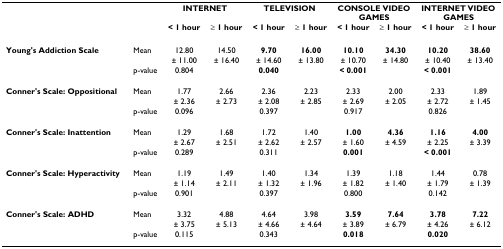
<table><thead><tr><td></td><td></td><td colspan="2"><b>INTERNET</b></td><td colspan="2"><b>TELEVISION</b></td><td colspan="2"><b>CONSOLE VIDEO GAMES</b></td><td colspan="2"><b>INTERNET VIDEO GAMES</b></td></tr><tr><td></td><td></td><td><b>&lt; 1 hour</b></td><td><b>≥ 1 hour</b></td><td><b>&lt; 1 hour</b></td><td><b>≥ 1 hour</b></td><td><b>&lt; 1 hour</b></td><td><b>≥ 1 hour</b></td><td><b>&lt; 1 hour</b></td><td><b>≥ 1 hour</b></td></tr></thead><tbody><tr><td><b>Young&#x27;s Addiction Scale</b></td><td>Mean</td><td>12.80</td><td>14.50</td><td><b>9.70</b></td><td><b>16.00</b></td><td><b>10.10</b></td><td><b>34.30</b></td><td><b>10.20</b></td><td><b>38.60</b></td></tr><tr><td></td><td></td><td>± 11.00</td><td>± 16.40</td><td>± 14.60</td><td>± 13.80</td><td>± 10.70</td><td>± 14.80</td><td>± 10.40</td><td>± 13.40</td></tr><tr><td></td><td>p-value</td><td>0.804</td><td></td><td><b>0.040</b></td><td></td><td><b>&lt; 0.001</b></td><td></td><td><b>&lt; 0.001</b></td><td></td></tr><tr><td><b>Conner&#x27;s Scale: Oppositional</b></td><td>Mean</td><td>1.77</td><td>2.66</td><td>2.36</td><td>2.23</td><td>2.33</td><td>2.00</td><td>2.33</td><td>1.89</td></tr><tr><td></td><td></td><td>± 2.36</td><td>± 2.73</td><td>± 2.08</td><td>± 2.85</td><td>± 2.69</td><td>± 2.05</td><td>± 2.72</td><td>± 1.45</td></tr><tr><td></td><td>p-value</td><td>0.096</td><td></td><td>0.397</td><td></td><td>0.917</td><td></td><td>0.826</td><td></td></tr><tr><td><b>Conner&#x27;s Scale: Inattention</b></td><td>Mean</td><td>1.29</td><td>1.68</td><td>1.72</td><td>1.40</td><td><b>1.00</b></td><td><b>4.36</b></td><td><b>1.16</b></td><td><b>4.00</b></td></tr><tr><td></td><td></td><td>± 2.67</td><td>± 2.51</td><td>± 2.62</td><td>± 2.57</td><td>± 1.60</td><td>± 4.59</td><td>± 2.25</td><td>± 3.39</td></tr><tr><td></td><td>p-value</td><td>0.289</td><td></td><td>0.311</td><td></td><td><b>0.001</b></td><td></td><td><b>&lt; 0.001</b></td><td></td></tr><tr><td><b>Conner&#x27;s Scale: Hyperactivity</b></td><td>Mean</td><td>1.19</td><td>1.49</td><td>1.40</td><td>1.34</td><td>1.39</td><td>1.18</td><td>1.44</td><td>0.78</td></tr><tr><td></td><td></td><td>± 1.14</td><td>± 2.11</td><td>± 1.32</td><td>± 1.96</td><td>± 1.82</td><td>± 1.40</td><td>± 1.79</td><td>± 1.39</td></tr><tr><td></td><td>p-value</td><td>0.901</td><td></td><td>0.397</td><td></td><td>0.800</td><td></td><td>0.142</td><td></td></tr><tr><td><b>Conner&#x27;s Scale: ADHD</b></td><td>Mean</td><td>3.32</td><td>4.88</td><td>4.64</td><td>3.98</td><td><b>3.59</b></td><td><b>7.64</b></td><td><b>3.78</b></td><td><b>7.22</b></td></tr><tr><td></td><td></td><td>± 3.75</td><td>± 5.13</td><td>± 4.66</td><td>± 4.64</td><td>± 3.89</td><td>± 6.79</td><td>± 4.26</td><td>± 6.12</td></tr><tr><td></td><td>p-value</td><td>0.115</td><td></td><td>0.343</td><td></td><td><b>0.018</b></td><td></td><td><b>0.020</b></td><td></td></tr></tbody></table>